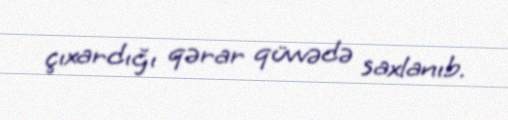
çıxardığı qərar qüvvədə saxlanıb.